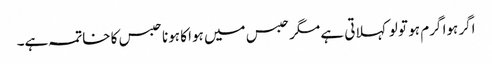
اگر ہوا گرم ہو تو لو کہلاتی ہے مگر حبس میں ہوا کا ہونا حبس کا خاتمہ ہے۔